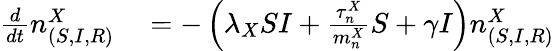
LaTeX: \begin{array}{rl}{\frac{d}{dt}n_{(S,I,R)}^{X}}&{{}=-\left(\lambda_{X}SI+\frac{\tau_{n}^{X}}{m_{n}^{X}}S+\gamma I\right)n_{(S,I,R)}^{X}}\end{array}